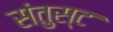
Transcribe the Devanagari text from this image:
संतुस्ट